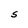
Character: S